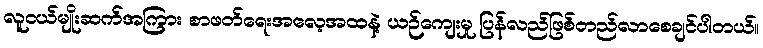
လူငယ်မျိုးဆက်အကြား စာဖတ်ရေးအလေ့အထနဲ့ ယဉ်ကျေးမှု ပြန်လည်ဖြစ်တည်လာစေချင်ပါတယ်။